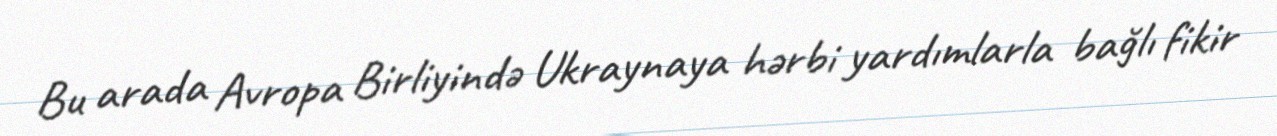
Bu arada Avropa Birliyində Ukraynaya hərbi yardımlarla bağlı fikir